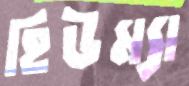
হিউম্যা